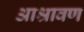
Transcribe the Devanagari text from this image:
आश्रावण